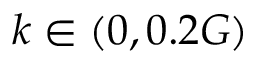
k \in ( 0 , 0 . 2 G )